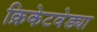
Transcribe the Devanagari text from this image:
क्रिकेटवेड्या